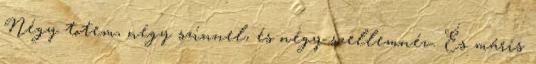
Négy totem, négy színnel, és négy szellemnév. És máris